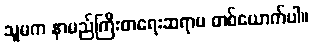
သူမက နာမည်ကြီးစာရေးဆရာမ တစ်ယောက်ပါ။